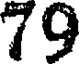
79